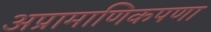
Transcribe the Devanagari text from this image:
अप्रामाणिकपणा